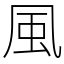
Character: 風